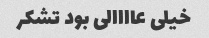
خیلی عاااالی بود تشکر